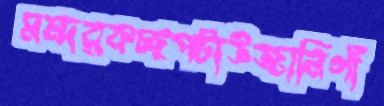
মন্দরকচ্ছপটাউজানিগাঁ